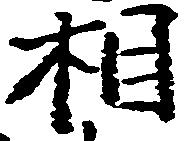
相